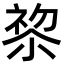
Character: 𭕋